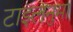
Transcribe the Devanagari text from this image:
टाइलनुमा